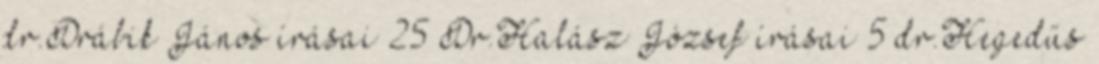
dr.Drábik János írásai 25 Dr.Halász József írásai 5 dr.Hegedűs